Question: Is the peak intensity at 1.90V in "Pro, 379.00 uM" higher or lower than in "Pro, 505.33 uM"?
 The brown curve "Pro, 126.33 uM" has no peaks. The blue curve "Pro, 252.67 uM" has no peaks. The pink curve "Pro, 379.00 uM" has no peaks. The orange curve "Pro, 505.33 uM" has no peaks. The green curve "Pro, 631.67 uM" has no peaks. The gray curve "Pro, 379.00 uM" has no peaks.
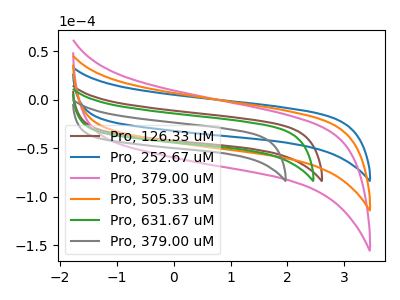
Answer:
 <answer>"Pro, 379.00 uM" and "Pro, 505.33 uM" dont share a peak at 1.90V.</answer>
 <eval>mismatch</eval>